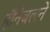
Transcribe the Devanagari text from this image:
हॅनिबलने